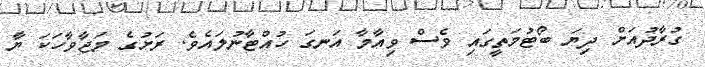
ގުރާދުއަށް ދިޔަ ބޯޓުމަތީގައި ވެސް ވިއާމާ އަނގަ ހުއްޓާނުލައެވެ. ރަށުގެ މަޖާވާހަކަ ޔާ